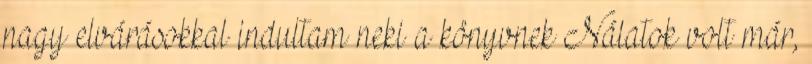
nagy elvárásokkal indultam neki a könyvnek Nálatok volt már,